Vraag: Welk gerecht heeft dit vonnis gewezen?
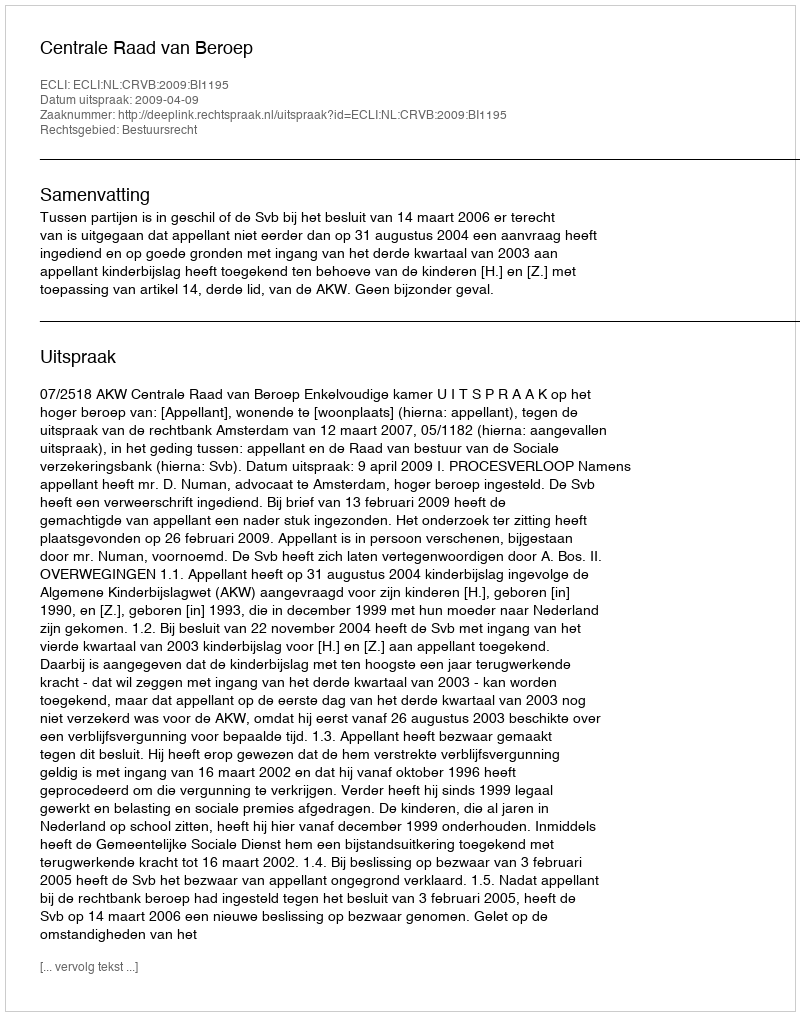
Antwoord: Centrale Raad van Beroep